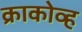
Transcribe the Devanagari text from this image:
क्राकोव्ह